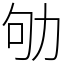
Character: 劬